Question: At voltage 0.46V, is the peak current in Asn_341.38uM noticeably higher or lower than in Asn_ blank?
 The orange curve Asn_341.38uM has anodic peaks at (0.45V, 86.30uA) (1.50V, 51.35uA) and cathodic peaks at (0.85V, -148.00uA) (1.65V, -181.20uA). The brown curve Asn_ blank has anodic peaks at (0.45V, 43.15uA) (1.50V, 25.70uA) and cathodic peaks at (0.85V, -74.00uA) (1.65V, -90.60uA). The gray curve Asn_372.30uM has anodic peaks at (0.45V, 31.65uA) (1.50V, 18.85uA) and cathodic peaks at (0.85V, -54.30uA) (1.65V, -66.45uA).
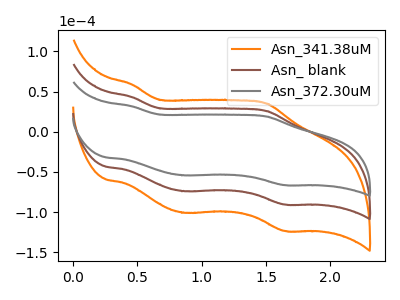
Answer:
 <answer>The peak at 0.46V is higher in "Asn_341.38uM" than in "Asn_ blank".</answer>
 <eval>higher</eval>